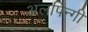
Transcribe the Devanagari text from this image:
अलपिन्गी